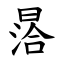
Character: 㬁